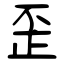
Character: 歪